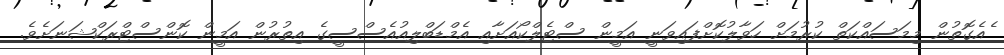
ެއެގޮތުން މިމަސައްކަތް ކުރުމަށް ހަވާލުކޮށްފައިވަނީ އަމީން ސްޓެލްކޯއަށާއި އެމްޑަބްލިއުއެސްސީގެ އިތުރުން އަމީން ކޮންސްޓްރަކްޝަނަށެވެ.